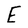
Character: E